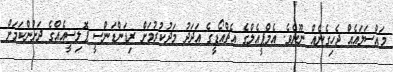
މައްސަލައެއް ޖެހިގެނެއް ނޫނެވެ. އެމްޕީއެލްގެ އެޗްއޯޑީގެ އަދަދު މަދުކުރުމަށް ރިޑަންޑަންސީ ޕޮލިސީއެއްގެ ދަށުންކަމަށް